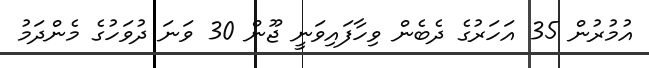
އުމުރުން 35 އަހަރުގެ ދެބެން ވިހާފައިވަނީ ޖޫން 30 ވަނަ ދުވަހުގެ މެންދަމު